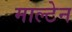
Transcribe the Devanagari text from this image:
माल्टेन